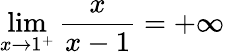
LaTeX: \operatorname*{lim}_{x\to 1^{+}}{\frac{x}{x-1}}=+\infty